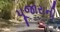
પૂજારાની